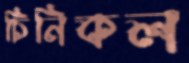
চিনিকল